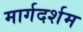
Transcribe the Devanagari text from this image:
मार्गदर्शम